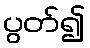
ပွတ်၍